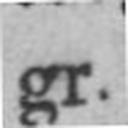
gr.